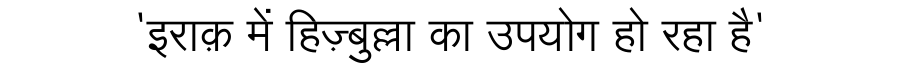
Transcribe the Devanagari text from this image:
'इराक़ में हिज़्बुल्ला का उपयोग हो रहा है'